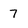
Character: 7